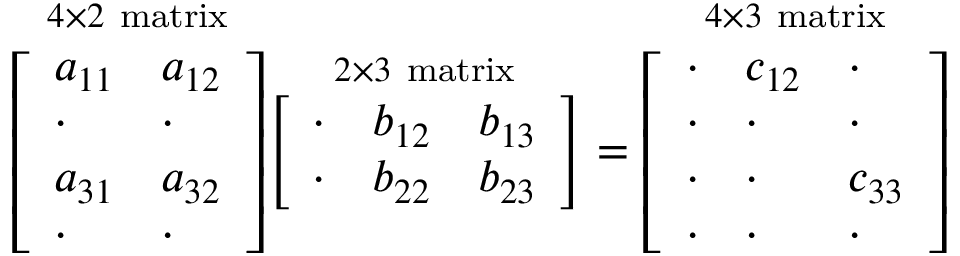
{ \overset { 4 \times 2 { \mathrm { ~ m a t r i x } } } { \left[ \begin{array} { l l } { a _ { 1 1 } } & { a _ { 1 2 } } \\ { \cdot } & { \cdot } \\ { a _ { 3 1 } } & { a _ { 3 2 } } \\ { \cdot } & { \cdot } \end{array} \right] } } { \overset { 2 \times 3 { \mathrm { ~ m a t r i x } } } { \left[ \begin{array} { l l l } { \cdot } & { b _ { 1 2 } } & { b _ { 1 3 } } \\ { \cdot } & { b _ { 2 2 } } & { b _ { 2 3 } } \end{array} \right] } } = { \overset { 4 \times 3 { \mathrm { ~ m a t r i x } } } { \left[ \begin{array} { l l l } { \cdot } & { c _ { 1 2 } } & { \cdot } \\ { \cdot } & { \cdot } & { \cdot } \\ { \cdot } & { \cdot } & { c _ { 3 3 } } \\ { \cdot } & { \cdot } & { \cdot } \end{array} \right] } }